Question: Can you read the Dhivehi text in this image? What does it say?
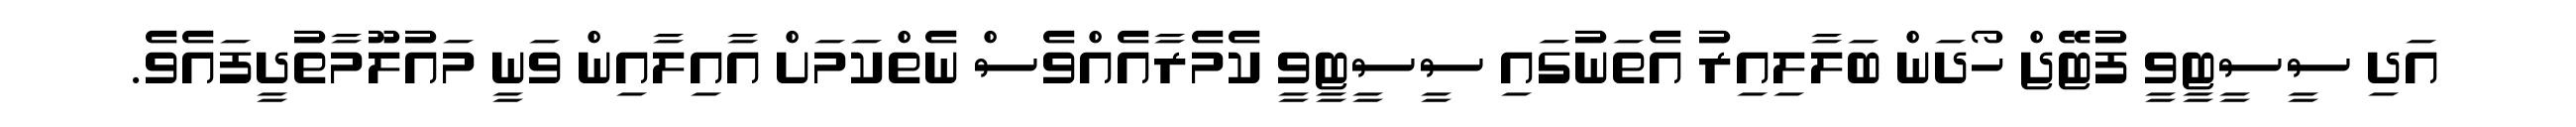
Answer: އަދި ސީސީޓީވީ ފުޓޭޖް ހޯދަން ބަލާލިއިރު އެތަނުގައި ސީސީޓީވީ ކެމެރާއެއްވެސް ނެތްކަމަށް އާއިލާއިން ވަނީ މައުލޫމާތުދީފައެވެ.